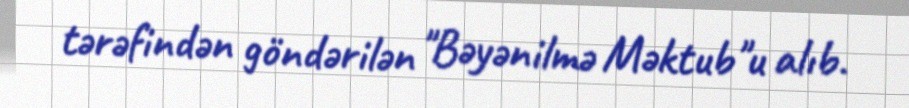
tərəfindən göndərilən "Bəyənilmə Məktub"u alıb.